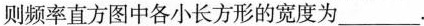
则频率直方图中各小长方形的宽度为___.